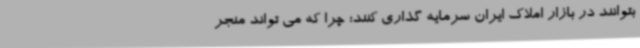
بتوانند در بازار املاک ایران سرمایه گذاری کنند؛ چرا که می تواند منجر